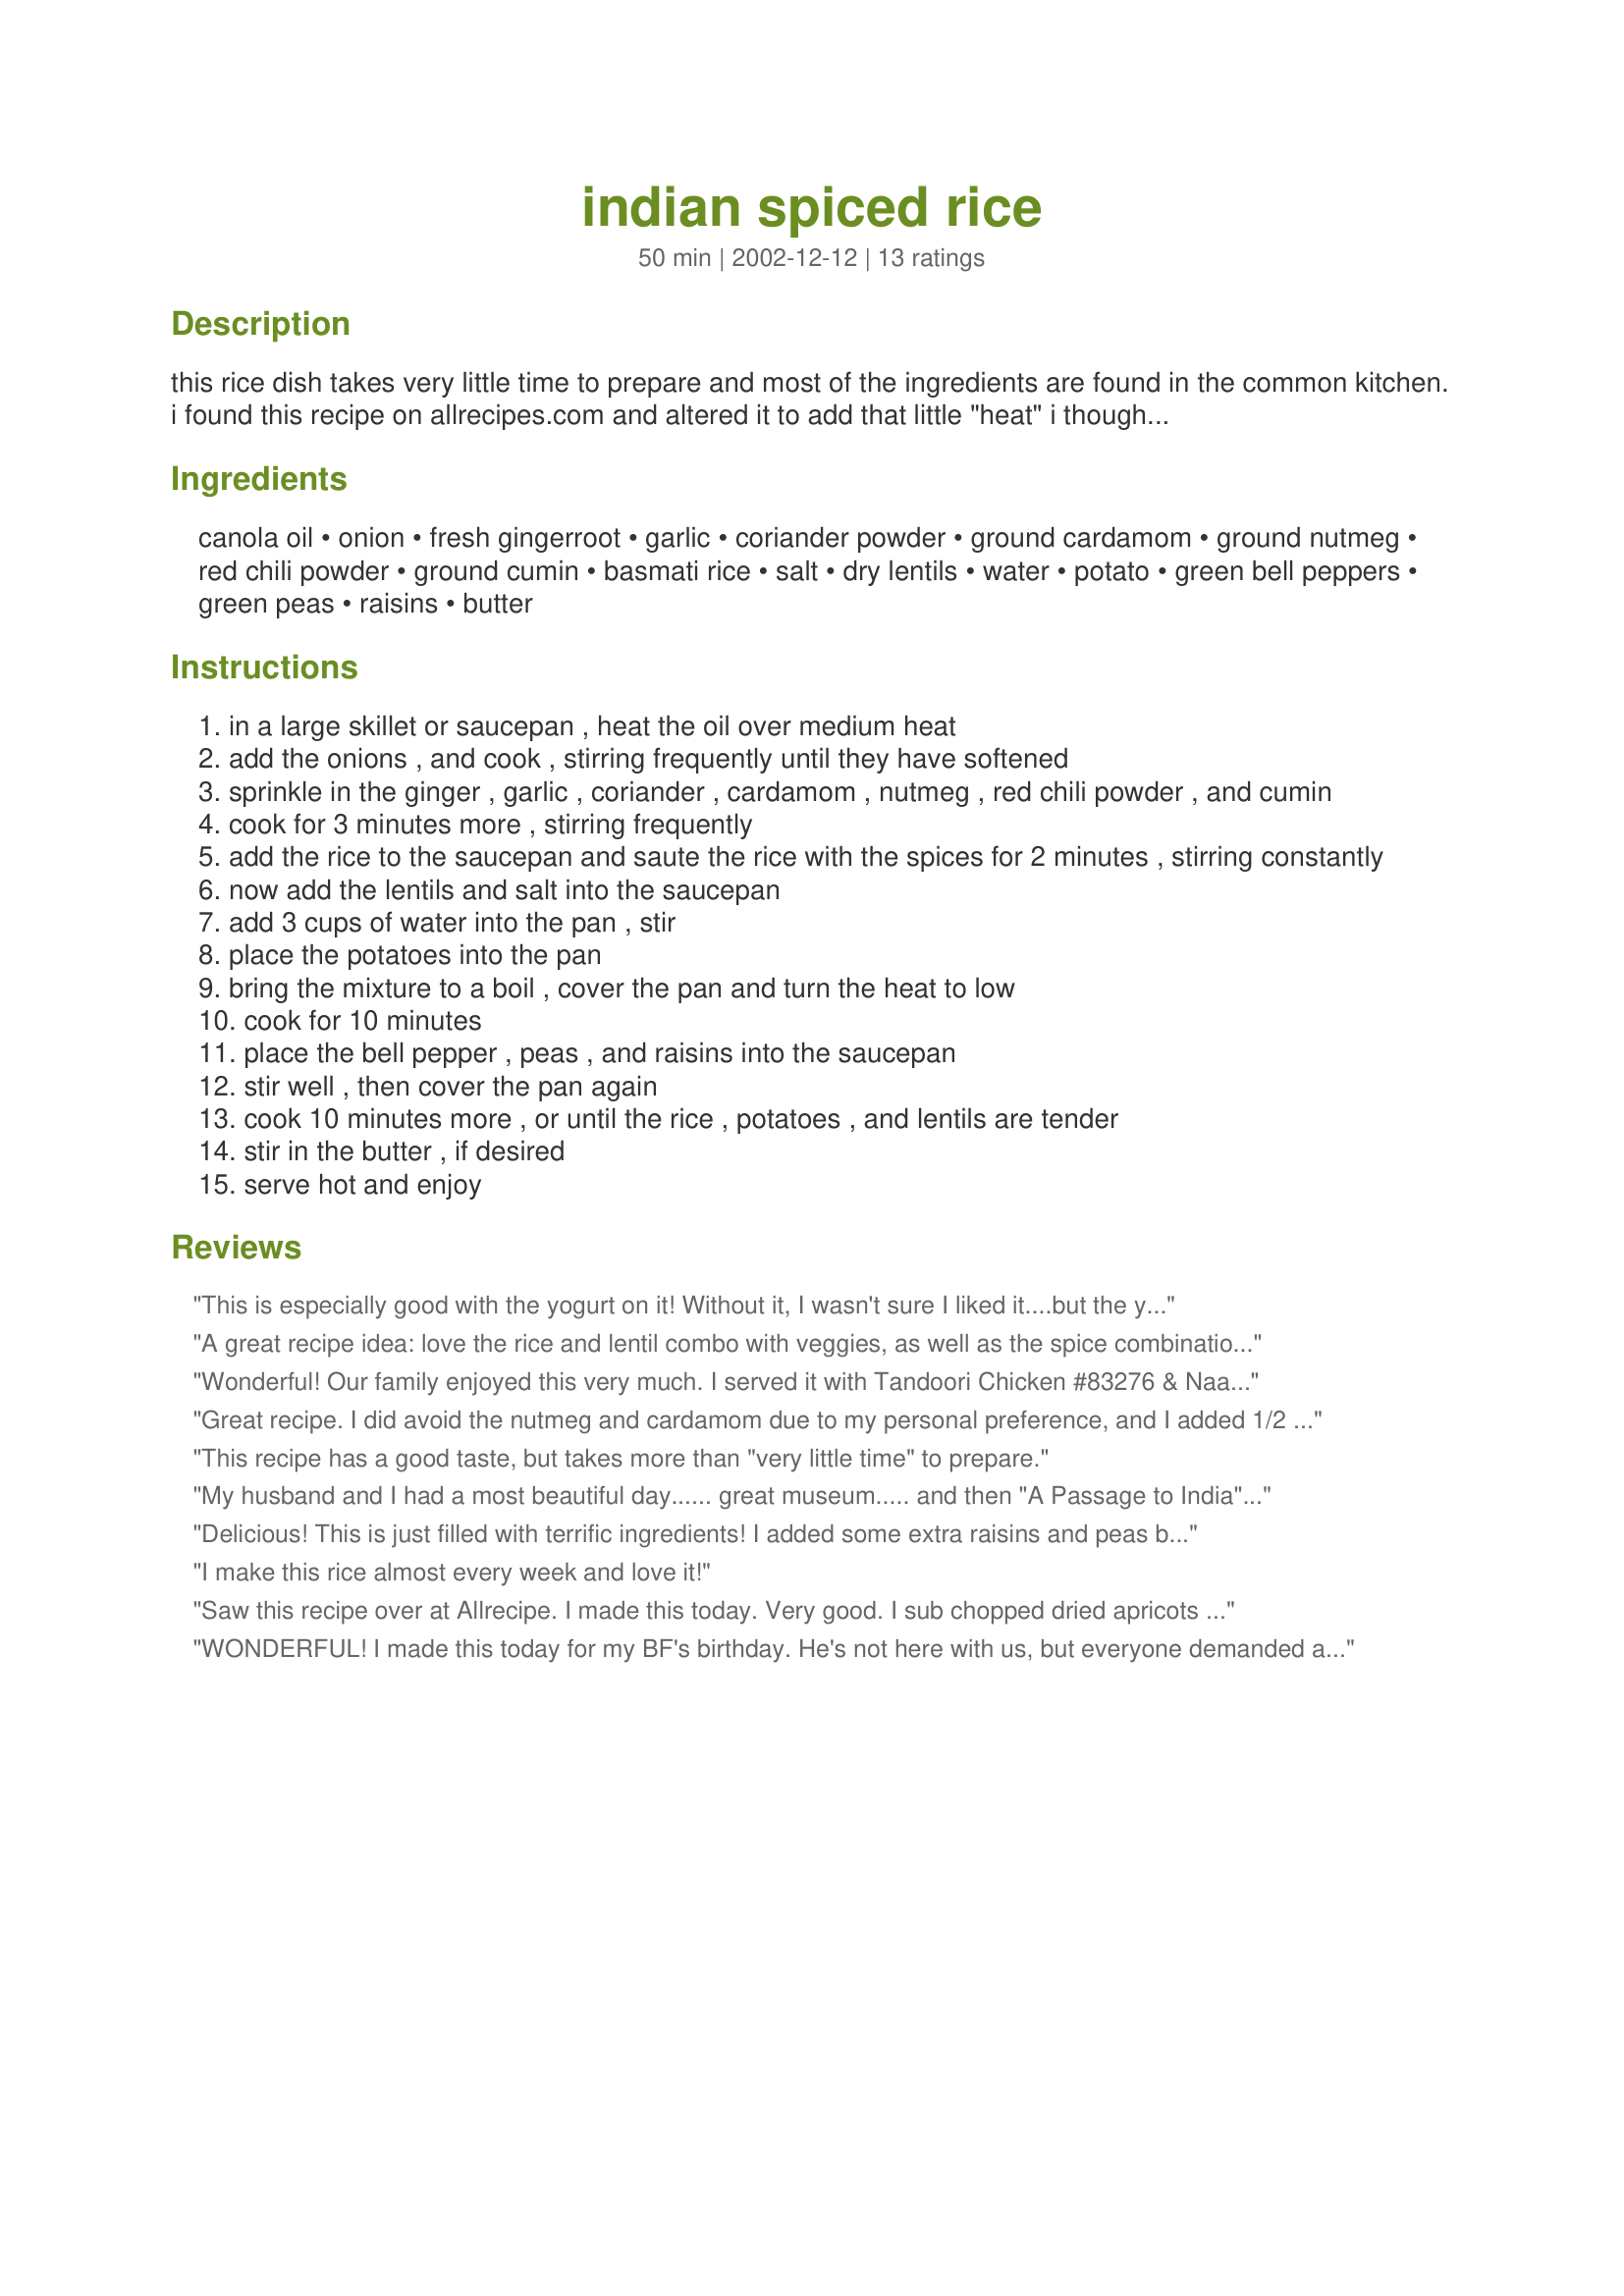
indian spiced rice
Preparation time: 50 minutes

this rice dish takes very little time to prepare and most of the ingredients are found in the common kitchen. i found this recipe on allrecipes.com and altered it to add that little "heat" i thought it needed. serve this with a plain lentil dal (stew) or curry, or with a plain raita or cold yogurt.

Ingredients:
canola oil, onion, fresh gingerroot, garlic, coriander powder, ground cardamom, ground nutmeg, red chili powder, ground cumin, basmati rice, salt, dry lentils, water, potato, green bell peppers, green peas, raisins, butter

Steps:
in a large skillet or saucepan , heat the oil over medium heat
add the onions , and cook , stirring frequently until they have softened
sprinkle in the ginger , garlic , coriander , cardamom , nutmeg , red chili powder , and cumin
cook for 3 minutes more , stirring frequently
add the rice to the saucepan and saute the rice with the spices for 2 minutes , stirring constantly
now add the lentils and salt into the saucepan
add 3 cups of water into the pan , stir
place the potatoes into the pan
bring the mixture to a boil , cover the pan and turn the heat to low
cook for 10 minutes
place the bell pepper , peas , and raisins into the saucepan
stir well , then cover the pan again
cook 10 minutes more , or until the rice , potatoes , and lentils are tender
stir in the butter , if desired
serve hot and enjoy

Reviews:
This is especially good with the yogurt on it! Without it, I wasn't sure I liked it....but the yogurt really makes it awesome!
A great recipe idea: love the rice and lentil combo with veggies, as well as the spice combination. I omitted the raisins (not my thing!) and doubled the spices - would add even more the next time! I'll also omit the potato and use something else in its place to vary the textures and tastes a bit more. I liked this as-is and can think of endless variations to make it even more to my liking - thank you very much for sharing!
Wonderful! Our family enjoyed this very much. I served it with Tandoori Chicken #83276 & Naan (Bread Machine) #60449. We really liked the mix of flavors in this rice recipe. This is one I will make again.
Great recipe. I did avoid the nutmeg and cardamom due to my personal preference, and I added 1/2 tsp each of the coriander, red chilli, and cumin powders. I used masoor dal for the lentils. The dish came out pretty well (as I was a little apprehensive otherwise due to the lack of tomatoes in the dish as it is more of a staple in any kind of pulavs or biryanis) and had a great flavor. I also used 1 tbsp of ginger garlic paste rather than chopped ones. I also added carrots instead of peas, as I did not have any on hand. And avoided raisins also due to my preference. All in all it was a great meal, served with mint raitha. Waiting to try out all your other recipes!!!
This recipe has a good taste, but takes more than "very little time" to prepare.
My husband and I had a most beautiful day...... great museum..... and then "A Passage to India".... restaurant in Salem, Mass. Absolutely fabulous food..... then a concert where my brother was the soloist. No day gets better than that..... but upon arriving home.... I need a fix. And this recipe turned out to be a great fix in my desire to find deliciousness right here at home. All of us in our own taste sensation.... makes a few changes.... no need to mention.... only to let you know that it is a possibility. My sweetie just came through the computer room and said to me..... "That was delicious".... no better compliment in my estimation. Thanks for a great recipe.....
Delicious! This is just filled with terrific ingredients! I added some extra raisins and peas because I didn't have any peppers on hand. I topped mine with some mint chutney. Thank you, Anu. I will definitely be looking forward to making this again!
I make this rice almost every week and love it!
Saw this recipe over at Allrecipe. I made this today. Very good. I sub chopped dried apricots (no raisins in the house) I had everything else. What attracted me was the fact that I could do it all on the stove top. Thanks so much!
WONDERFUL! I made this today for my BF's birthday. He's not here with us, but everyone demanded a dish of yours since we love your recipes. So, I made this rice and your recently posted Rajma recipe. I didn't find this rice spicy either, it was very tasty. I did not have nutmeg, so I substituted that with cinnamon. The qty. of red chilli powder was just fine. I used yellow moong dal(yellow lentils) for the dry lentils as I wasn't quite sure what you meant by dry lentils and I had no time to check.I had the rice topped with a dollop of chilled yogurt. It was yum! I had 2 bowls! :) 
Thank you, Anu! Merry Christmas!
This was perfect for my tastes. And it's such a colorful, attractive presentation. Served it with a mild chicken curry so Dh thought the rice needed some hot sauce. As I said, not me - I wouldn't change a thing.
Great recipe, Anu. So full of great flavors, it made me want to get up and dance (he-he). I used cayenne instead of red chili powder for a little more zing. I used basmati rice which I think goes well with the exotic blend of spices. This was our main dish and I served it with other steamed vegetables. Very filling and satisfying and a great vegetarian meal. Thanks.
A little bland. Ok, but nothing out of this world. A good way to get rid of leftovers but not worth the effort overall. Probably won't be making this again, but if I do, I will definitely increase the spices.
